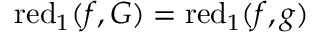
\operatorname { r e d } _ { 1 } ( f , G ) = \operatorname { r e d } _ { 1 } ( f , g )